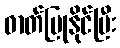
ဓာတ်ပြုနိုင်ပြီး